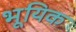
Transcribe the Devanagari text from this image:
भूयिक